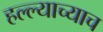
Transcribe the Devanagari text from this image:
हल्ल्याच्याच